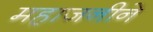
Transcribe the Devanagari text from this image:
महाजनीने